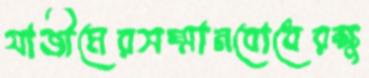
যাজীমেরসম্মানবোধেরক্ষু